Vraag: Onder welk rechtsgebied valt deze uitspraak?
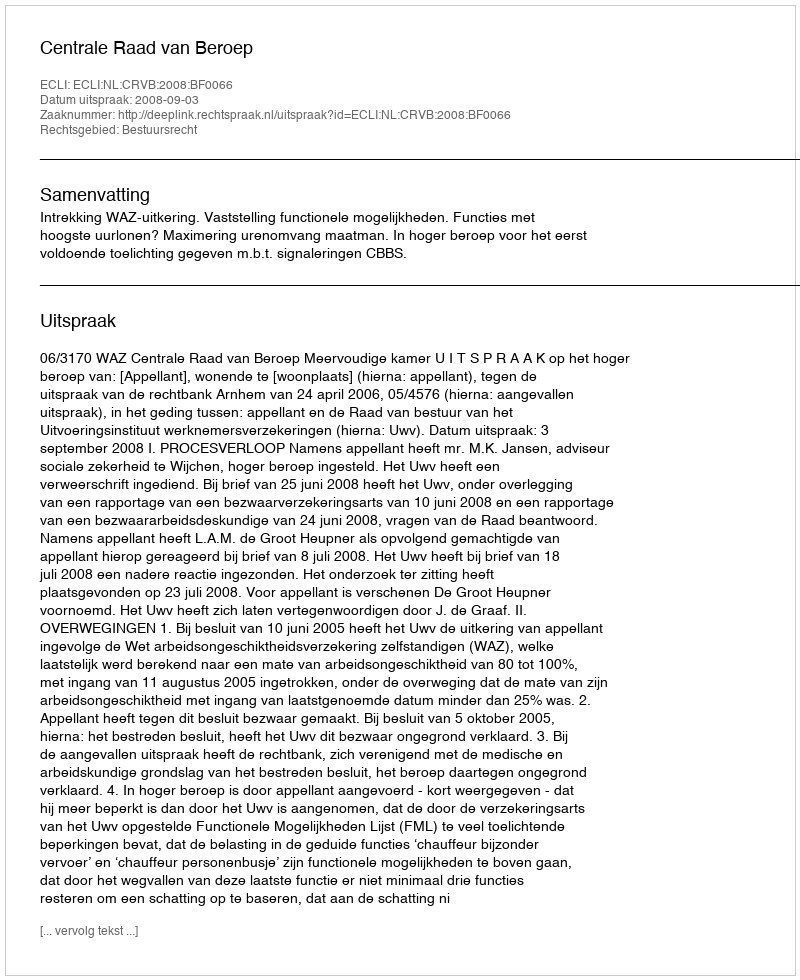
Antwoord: Bestuursrecht